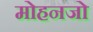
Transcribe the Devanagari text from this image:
मोहनजो